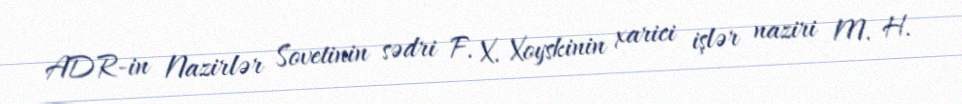
ADR-in Nazirlər Sovetinin sədri F. X. Xoyskinin xarici işlər naziri M. H.